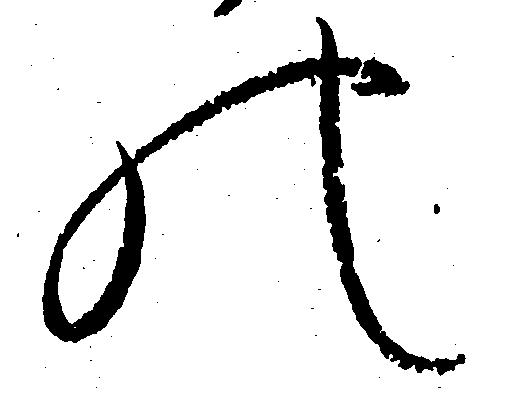
の